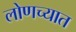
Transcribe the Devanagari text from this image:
लोणच्यात